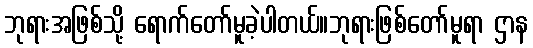
ဘုရားအဖြစ်သို့ ရောက်တော်မူခဲ့ပါတယ်။ဘုရားဖြစ်တော်မူရာ ဌာန